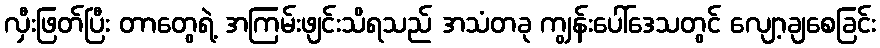
လှီးဖြတ်ပြီး တာတွေရဲ့ အကြမ်းဖျင်းသိရသည် အသံတခု ကျွန်းပေါ်ဒေသတွင် လျော့ချစေခြင်း